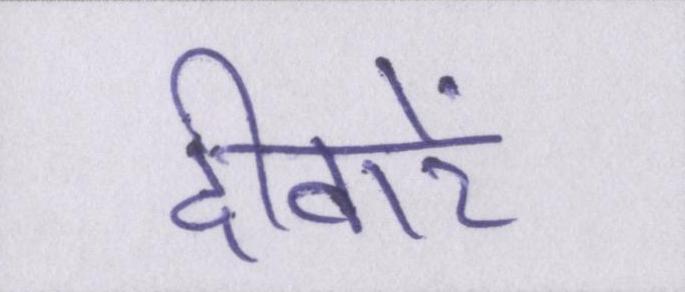
दीवारें